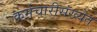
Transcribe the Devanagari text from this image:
कर्मचारीसंख्येत